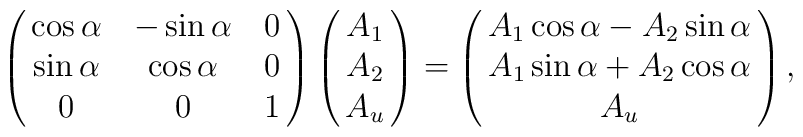
\pmatrix{\cos\alpha & -\sin\alpha & 0 \cr\sin\alpha & \cos\alpha & 0 \cr 0 & 0 & 1}\pmatrix{A_{1} \cr A_{2} \cr A_{u}} =\pmatrix{A_{1}\cos\alpha - A_{2}\sin\alpha\cr A_{1}\sin\alpha + A_{2}\cos\alpha \cr A_{u}} ,